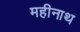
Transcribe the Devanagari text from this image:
महीनाथ